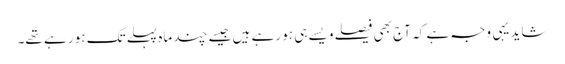
شاید یہی وجہ ہے کہ آج بھی فیصلے ویسے ہی ہو رہے ہیں جیسے چند ماہ پہلے تک ہو رہے تھے۔